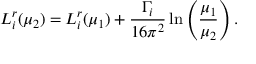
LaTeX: L _ { i } ^ { r } ( \mu _ { 2 } ) = L _ { i } ^ { r } ( \mu _ { 1 } ) + \frac { \Gamma _ { i } } { 1 6 \pi ^ { 2 } } \ln \left( \frac { \mu _ { 1 } } { \mu _ { 2 } } \right) .